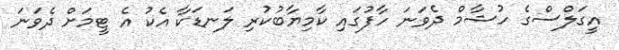
އީގަލްސްގެ ހުޝާމް ދެވަނަ ހާފުގައި ކާމިޔާބުކުރި ލަނޑަކާ އެކު އެ ޓީމަށް ދެވަނަ